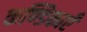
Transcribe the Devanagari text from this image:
कण्डिकाएँ